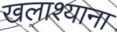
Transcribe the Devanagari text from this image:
खलाश्याना